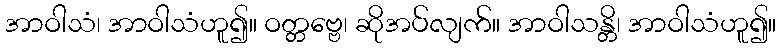
အာဝါသံ၊ အာဝါသံဟူ၍။ ဝတ္တဗ္ဗေ၊ ဆိုအပ်လျက်။ အာဝါသန္တိ၊ အာဝါသံဟူ၍။